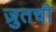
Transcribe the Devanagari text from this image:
ज़ुतची